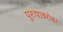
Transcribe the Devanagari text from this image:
पुरुषाबरोबर